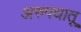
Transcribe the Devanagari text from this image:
अरुपधातू